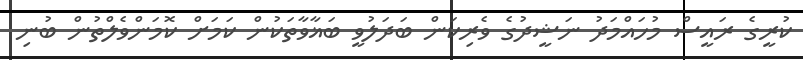
ކުރީގެ ރައީސް މުހައްމަދު ނަޝީދުގެ ވެރިކަން ބަދަލުވީ ބަޣާވާތަކުން ކަމަށް ކޮމަންވެލްތުން ބުނި